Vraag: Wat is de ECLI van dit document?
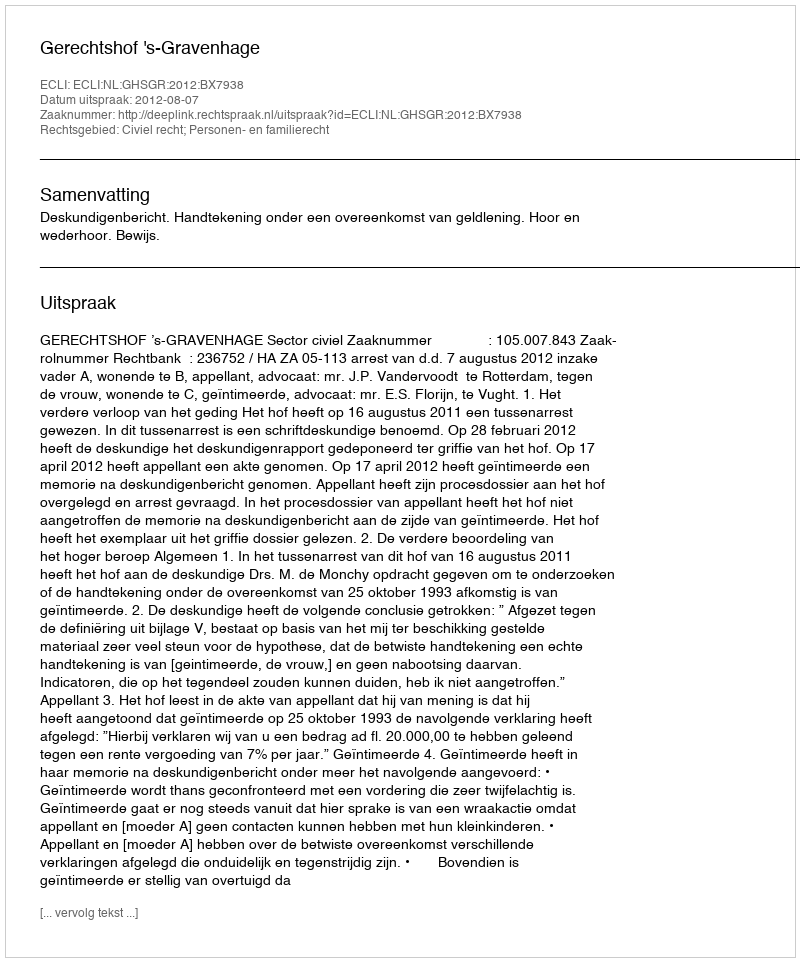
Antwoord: ECLI:NL:GHSGR:2012:BX7938